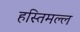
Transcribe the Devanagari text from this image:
हस्तिमल्ल